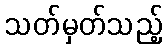
သတ်မှတ်သည့်